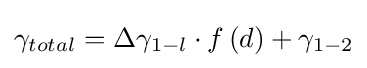
\gamma _{total}=\Delta \gamma _{1-l}\cdot f\left(d\right)+\gamma _{1-2}